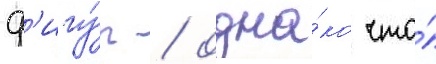
ф'игу́р / одна́ко что́